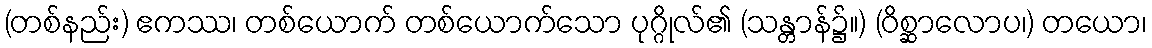
(တစ်နည်း) ဧကဿ၊ တစ်ယောက် တစ်ယောက်သော ပုဂ္ဂိုလ်၏ (သန္တာန်၌။) (ဝိစ္ဆာလောပ၊) တယော၊